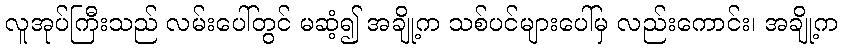
လူအုပ်ကြီးသည် လမ်းပေါ်တွင် မဆံ့၍ အချို့က သစ်ပင်များပေါ်မှ လည်းကောင်း၊ အချို့က